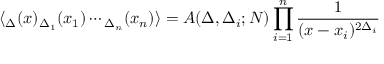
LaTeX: \langle \O _ { \Delta } ( x ) \O _ { \Delta _ { 1 } } ( x _ { 1 } ) \cdots \O _ { \Delta _ { n } } ( x _ { n } ) \rangle = A ( \Delta , \Delta _ { i } ; N ) \prod _ { i = 1 } ^ { n } { \frac { 1 } { ( x - x _ { i } ) ^ { 2 \Delta _ { i } } } }